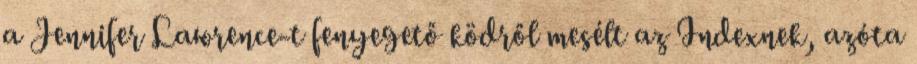
a Jennifer Lawrence-t fenyegető ködről mesélt az Indexnek, azóta